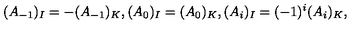
( A _ { - 1 } ) _ { I } = - ( A _ { - 1 } ) _ { K } , ( A _ { 0 } ) _ { I } = ( A _ { 0 } ) _ { K } , ( A _ { i } ) _ { I } = ( - 1 ) ^ { i } ( A _ { i } ) _ { K } ,